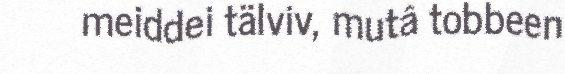
meiddei tälviv, mutâ tobbeen